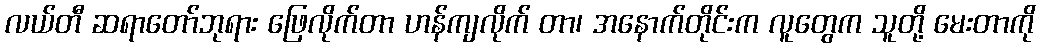
လယ်တီ ဆရာတော်ဘုရား ဖြေလိုက်တာ ဟန်ကျလိုက် တာ၊ အနောက်တိုင်းက လူတွေက သူတို့ မေးတာကို